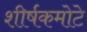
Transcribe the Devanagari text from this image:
शीर्षकमोटे